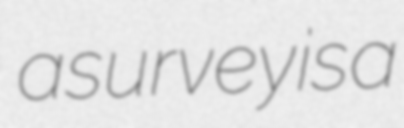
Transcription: a survey is a